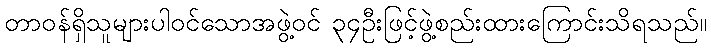
တာဝန်ရှိသူများပါဝင်သောအဖွဲ့ဝင် ၃၄ဦးဖြင့်ဖွဲ့စည်းထားကြောင်းသိရသည်။